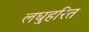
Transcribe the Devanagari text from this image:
लघुहरित